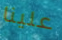
علينا